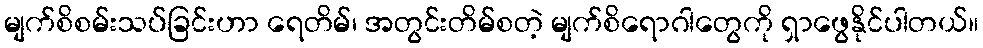
မျက်စိစမ်းသပ်ခြင်းဟာ ရေတိမ်၊ အတွင်းတိမ်စတဲ့ မျက်စိရောဂါတွေကို ရှာဖွေနိုင်ပါတယ်။